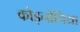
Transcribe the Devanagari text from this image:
कोइनोनिया